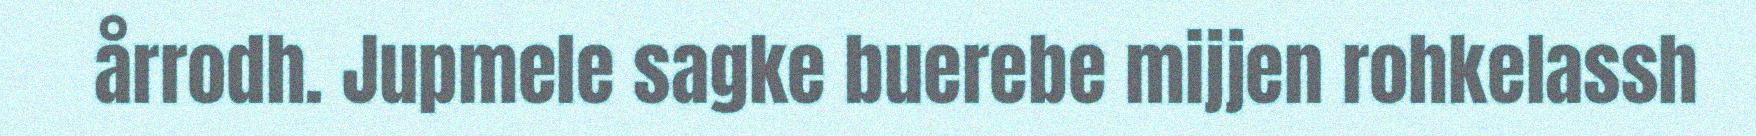
årrodh. Jupmele sagke buerebe mijjen rohkelassh